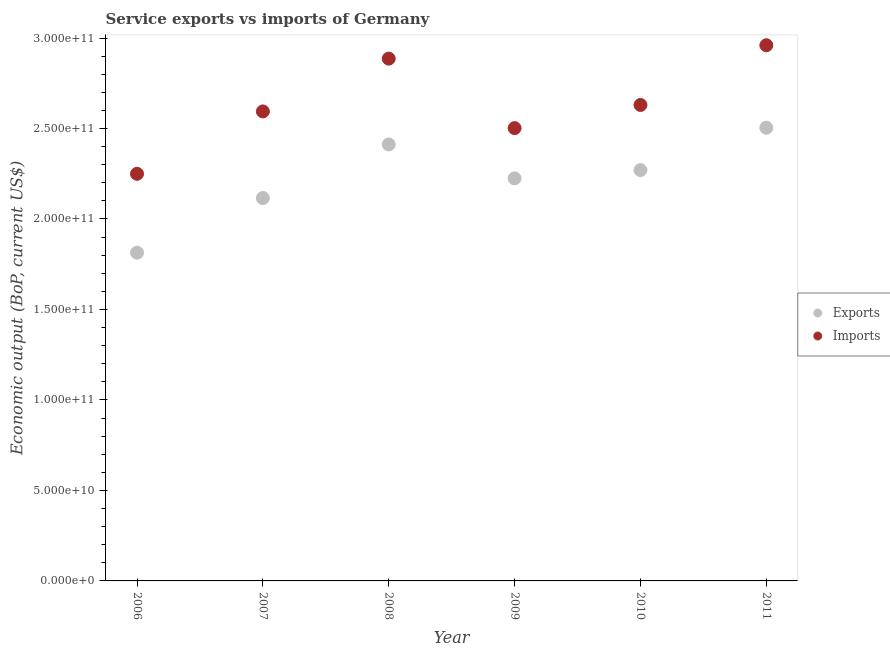
| Year | Exports | Imports |
 | --- | --- | --- |
 | 2006 | 1.81e+11 | 2.25e+11 |
 | 2007 | 2.12e+11 | 2.59e+11 |
 | 2008 | 2.41e+11 | 2.89e+11 |
 | 2009 | 2.22e+11 | 2.5e+11 |
 | 2010 | 2.27e+11 | 2.63e+11 |
 | 2011 | 2.5e+11 | 2.96e+11 |